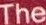
The